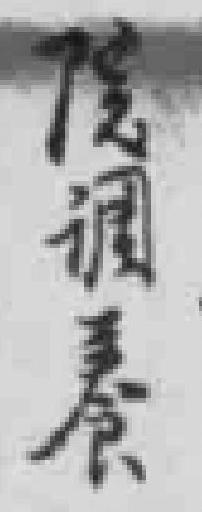
院调養